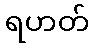
ရဟတ်